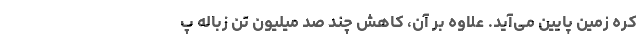
کره زمین پایین می‌آید. علاوه بر آن، کاهش چند صد میلیون تن زباله پ